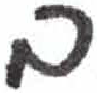
אות: ב